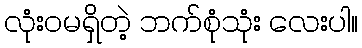
လုံးဝမရှိတဲ့ ဘက်စုံသုံး လေးပါ။